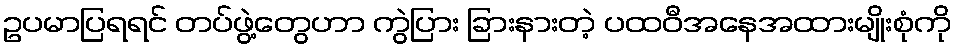
ဥပမာပြရရင် တပ်ဖွဲ့တွေဟာ ကွဲပြား ခြားနားတဲ့ ပထဝီအနေအထားမျိုးစုံကို